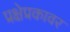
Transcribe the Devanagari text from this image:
प्रक्षेप्रकावर